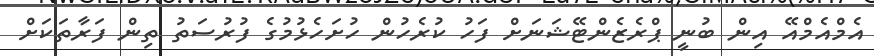
އެމްއެމްއޭ އިން ބުނީ ޕްރެޒެންޓޭޝަނަށް ފަހު ކުރެހުން ހުށަހެޅުމުގެ ފުރުސަތު ތިން ފަރާތަކަށް